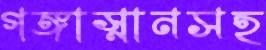
গঙ্গাস্নানসহ